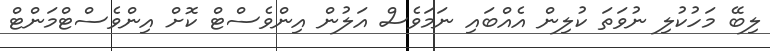
ލިބޭ މަހުކުލި ނުވަތަ ކުލިން އެއްބައި ނަމަވެސް އަލުން އިންވެސްޓް ކޮށް އިންވެސްޓްމަންޓް